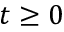
t \ge 0